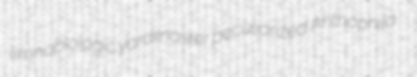
limnobiologic yardmaster peculiarized Anthophila